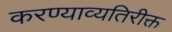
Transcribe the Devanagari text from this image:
करण्याव्यतिरीक्त